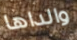
والداها